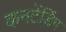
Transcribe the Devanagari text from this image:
कनटेंडिंग